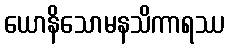
ယောနိသောမနသိကာရဿ